Leaving Certificate Examination (including Day School Certificate (Higher) General paper), 1930
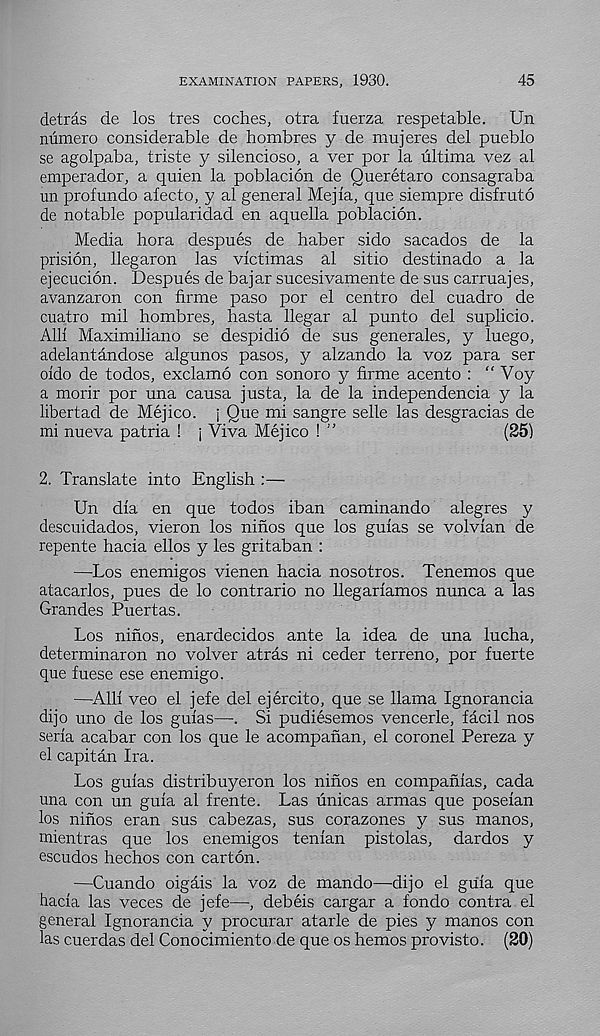
EXAMINATION PAPERS, 1930.
45
detras de los tres coches, otra fuerza respetable. Un
numero considerable de hombres y de mujeres del pueblo
se agolpaba, triste y silencioso, a ver por la ultima vez al
emperador, a quien la poblacion de Queretaro consagraba
un profundo afecto, y al general Mejia, que siempre disfruto
de notable popularidad en aquella poblacion.
Media bora despues de haber sido sacados de la
prision, llegaron las victimas al sitio destinado a la
ejecucion. Despues de bajar sucesivamente de sus carruajes,
avanzaron con firme paso por el centre del cuadro de
cuatro mil hombres, hasta llegar al punto del suplicio.
Alii Maximiliano se despidio de sus generales, y luego,
adelantandose algunos pasos, y alzando la voz para ser
oido de todos, exclamo con sonoro y firme acento : “ Voy
a morir por una causa justa, la de la independencia y la
libertad de Mejico. j Que mi sangre selle las desgracias de
mi nueva patria ! j Viva Mejico ! ”
(25)
2. Translate into English :—
Un dia en que todos iban caminando alegres y
descuidados, vieron los ninos que los guias se volvian de
repente hacia ellos y les gritaban :
—Los enemigos vienen hacia nosotros. Tenemos que
atacarlos, pues de lo contrario no llegariamos nunca a las
Grandes Puertas.
Los ninos, enardecidos ante la idea de una lucha,
determinaron no volver atras ni ceder terreno, por fuerte
que fuese ese enemigo.
—Alii veo el jefe del ejercito, que se llama Ignorancia
dijo uno de los guias—. Si pudiesemos vencerle, facil nos
seria acabar con los que le acompanan, el coronel Pereza y
el capitan Ira.
Los guias distribuyeron los ninos en companias, cada
una con un guia al frente. Las unicas armas que poseian
los ninos eran sus cabezas, sus corazones y sus manos,
mientras que los enemigos tenian pistolas, dardos y
escudos hechos con carton.
—Cuando oigais la voz de mando—dijo el guia que
hacia las veces de jefe—, debeis cargar a fondo contra el
general Ignorancia y procurar atarle de pies y manos con
las cuerdas del Conocimiento de que os hemos provisto. (20)